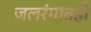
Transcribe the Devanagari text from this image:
जलरंगातही